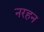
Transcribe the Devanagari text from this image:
नरहन